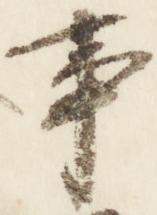
事